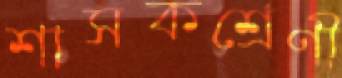
শাসকশ্রেণী